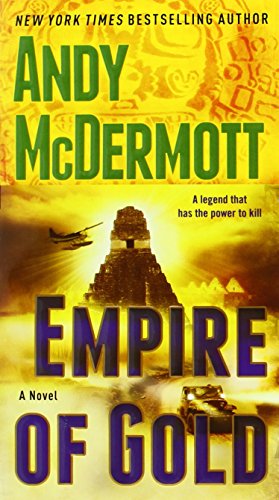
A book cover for Empire of Gold: A Novel (Nina Wilde and Eddie Chase); Andy McDermott; Literature & Fiction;